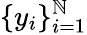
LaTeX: \{ y_{i}\} _{i=1}^{\mathbb{N}}